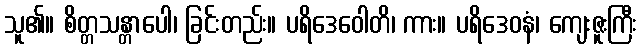
သူ၏။ စိတ္တသန္တာပေါ၊ ခြင်းတည်း။ ပရိဒေဝေါတိ၊ ကား။ ပရိဒေဝနံ၊ ကျေးဇူးကြီး